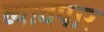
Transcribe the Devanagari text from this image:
व्यावपार